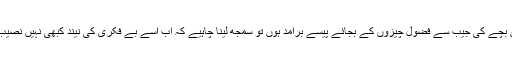
جس دن بچے کی جیب سے فضول چیزوں کے بجائے پیسے برآمد ہوں تو سمجھ لینا چاہیے کہ اب اسے بے فکری کی نیند کبھی نہیں نصیب ہوگی۔